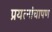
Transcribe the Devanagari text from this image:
प्रयत्नांचापण